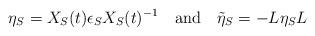
LaTeX: \begin{align*}\eta_S = X_S (t) \epsilon_S X_S (t)^{-1} \quad {\rm and} \quad\tilde{\eta}_S = - L \eta_S L\end{align*}